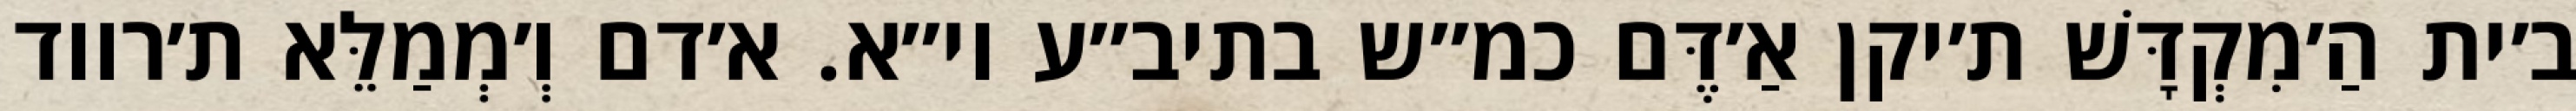
ב׳ית הַ׳מִקְדָּשׁ ת׳יקן אַ׳דֶּם כמ״ש בתיב״ע וי״א. א׳דם וְ׳מְמַלֵּא ת׳רווד